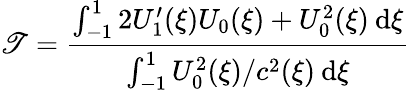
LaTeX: \mathscr{T}=\frac{{\int_{-1}^{1}2U_{1}^{\prime}(\xi)U_{0}(\xi)+U_{0}^{2}(\xi)\: \mathrm{{d}}\xi}}{{\int_{-1}^{1}U_{0}^{2}(\xi)/c^{2}(\xi)\: \mathrm{{d}}\xi}}